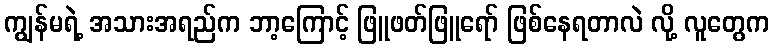
ကျွန်မရဲ့ အသားအရည်က ဘာ့ကြောင့် ဖြူဖတ်ဖြူရော် ဖြစ်နေရတာလဲ လို့ လူတွေက